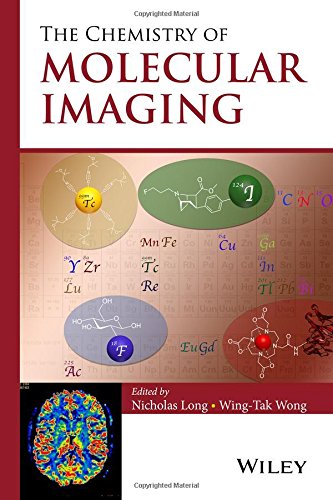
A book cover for The Chemistry of Molecular Imaging; Nicholas Long; Science & Math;